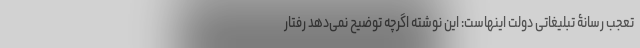
تعجب رسانۀ تبلیغاتی دولت اینهاست: این نوشته اگرچه توضیح نمی‌دهد رفتار